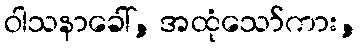
ဝါသနာခေါ်, အထုံသော်ကား,